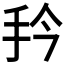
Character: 𭠔